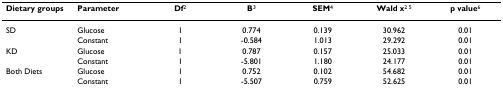
<table><thead><tr><td><b>Dietary groups</b></td><td><b>Parameter</b></td><td><b>Df<sup>2</sup></b></td><td><b>B<sup>3</sup></b></td><td><b>SEM<sup>4</sup></b></td><td><b>Wald x<sup>2 5</sup></b></td><td><b>p value<sup>6</sup></b></td></tr></thead><tbody><tr><td>SD</td><td>Glucose</td><td>1</td><td>0.774</td><td>0.139</td><td>30.962</td><td>0.01</td></tr><tr><td></td><td>Constant</td><td>1</td><td>-0.584</td><td>1.013</td><td>29.292</td><td>0.01</td></tr><tr><td>KD</td><td>Glucose</td><td>1</td><td>0.787</td><td>0.157</td><td>25.033</td><td>0.01</td></tr><tr><td></td><td>Constant</td><td>1</td><td>-5.801</td><td>1.180</td><td>24.177</td><td>0.01</td></tr><tr><td>Both Diets</td><td>Glucose</td><td>1</td><td>0.752</td><td>0.102</td><td>54.682</td><td>0.01</td></tr><tr><td></td><td>Constant</td><td>1</td><td>-5.507</td><td>0.759</td><td>52.625</td><td>0.01</td></tr></tbody></table>